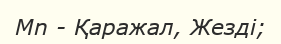
Мn - Қаражал, Жезді;